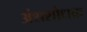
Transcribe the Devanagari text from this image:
अंशशोधक